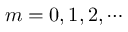
m = 0 , 1 , 2 , \cdots